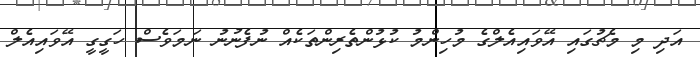
އަދި މި މެޗުގައި އޭވައިއެލްގެ މުހިންމު ކުޅުންތެރިންތަކެއް ނުފެނުނު ނަމަވެސް ހަގީގީ އޭވައިއެލް